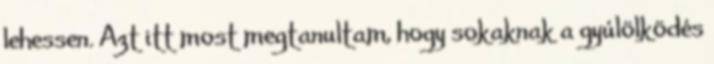
lehessen. Azt itt most megtanultam, hogy sokaknak a gyúlölködés